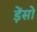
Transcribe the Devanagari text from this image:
ड़ेंसो